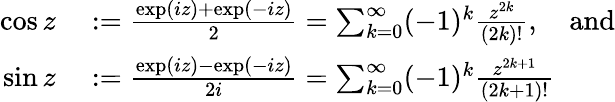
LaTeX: \begin{array}{rl}{\cos z}&{{}:={\frac{\exp(iz)+\exp(-iz)}{2}}=\sum_{k=0}^{\infty}(-1)^{k}{\frac{z^{2k}}{(2k)!}},\quad{\mathrm{and}}}\\ {\sin z}&{{}:={\frac{\exp(iz)-\exp(-iz)}{2i}}=\sum_{k=0}^{\infty}(-1)^{k}{\frac{z^{2k+1}}{(2k+1)!}}}\end{array}